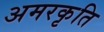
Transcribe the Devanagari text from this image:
अमरकृति